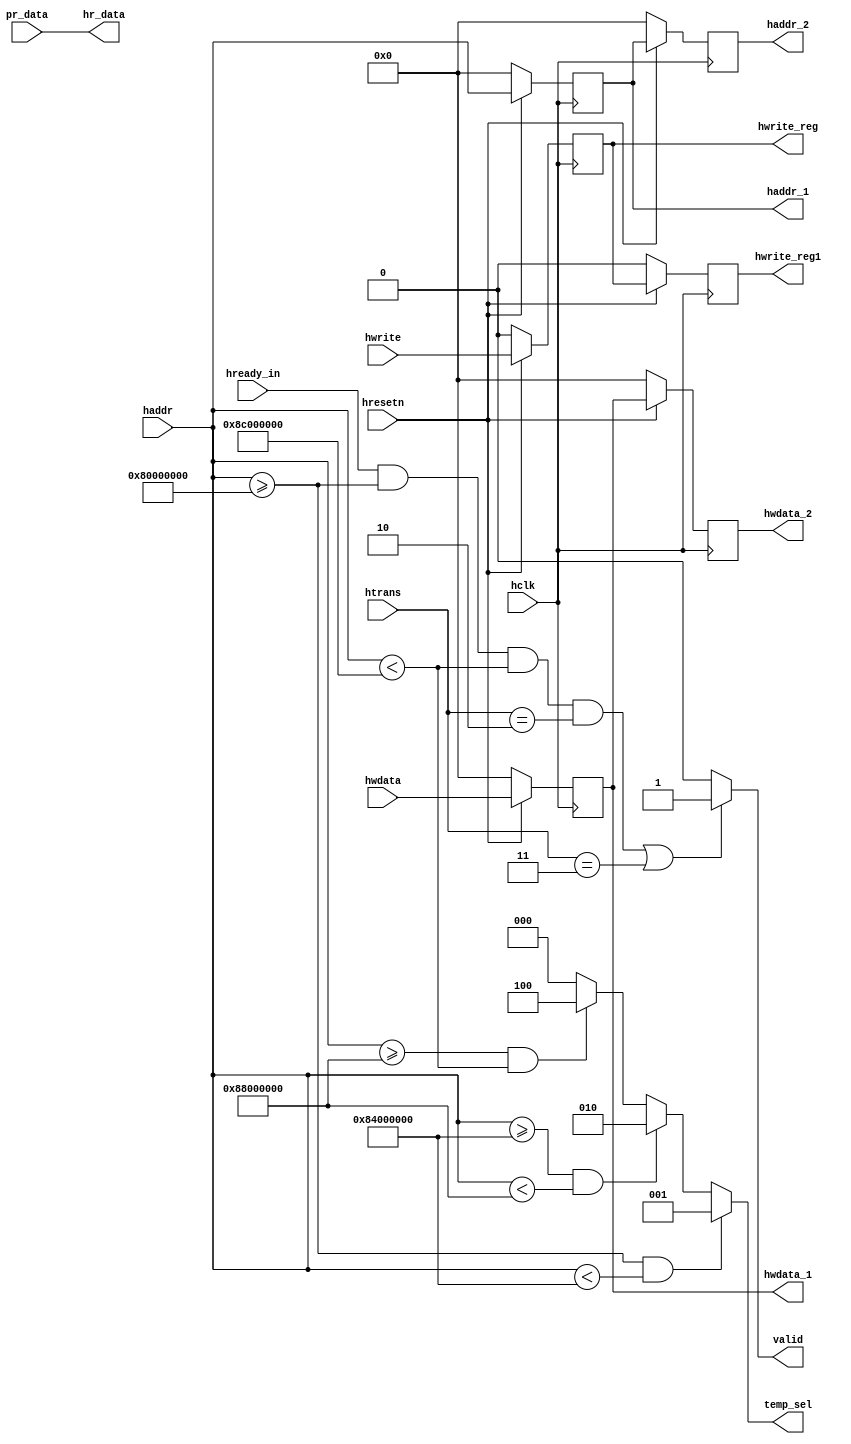
module ahb_slave_interface(input hclk,hresetn,hwrite,hready_in,
input [1:0]htrans,input [31:0]hwdata,haddr,pr_data,
output reg hwrite_reg,hwrite_reg1,valid,
output reg [31:0]hwdata_1,hwdata_2,haddr_1,haddr_2,
output [31:0]hr_data,output reg [2:0]temp_sel);

//pipelining haddr, hwdata and the write signal

always@(posedge hclk)
begin
if(!hresetn)
begin
haddr_1<=0;
haddr_2<=0;
end
else
begin
haddr_1<=haddr;
haddr_2<=haddr_1;
end
end

always@(posedge hclk)
begin
if(!hresetn)
begin
hwdata_1<=0;
hwdata_2<=0;
end
else
begin
hwdata_1<=hwdata;
hwdata_2<=hwdata_1;
end
end

always@(posedge hclk)
begin
if(!hresetn)
begin
hwrite_reg<=0;
hwrite_reg1<=0;
end
else
begin
hwrite_reg<=hwrite;
hwrite_reg1<=hwrite_reg;
end
end

//generating valid signal

always@(*)
begin
if(hready_in==1 && haddr >= 32'h8000_0000 && haddr <32'h8c00_0000 && htrans ==2'b10 || htrans == 2'b11)
valid=1;
else
valid=0;
end

//generating temp_sel signal

always@(*)
begin
if(haddr >= 32'h8000_0000 && haddr <32'h8400_0000)
temp_sel=3'b001;
else if(haddr>=32'h8400_0000 && haddr <32'h8800_0000)
temp_sel=3'b010;
else if(haddr>=32'h8800_0000 && haddr <32'h8c00_0000)
temp_sel=3'b100;
else
temp_sel=0;
end

assign hr_data=pr_data;
endmodule